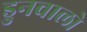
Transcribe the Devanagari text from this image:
ड्रुनवालो